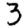
Digit: 3